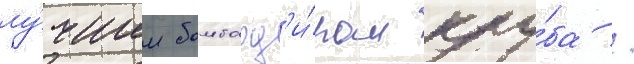
лу́чшим бомбард'и́ром клу́ба /